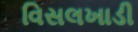
વિસલખાડી